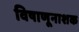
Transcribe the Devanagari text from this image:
विषाणूनाशक